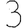
Digit: 3